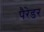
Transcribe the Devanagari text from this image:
पैरेडर